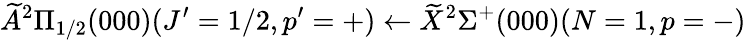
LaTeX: \widetilde{A}^{2}\Pi_{1/2}(000)(J^{\prime}=1/2,p^{\prime}=+)\leftarrow\widetilde{X}^{2}\Sigma^{+}(000)(N=1,p=-)